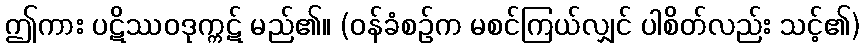
ဤကား ပဋိဿဝဒုက္ကဋ် မည်၏။ (ဝန်ခံစဉ်က မစင်ကြယ်လျှင် ပါစိတ်လည်း သင့်၏)